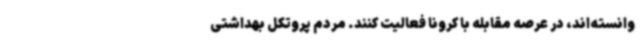
وانسته‌اند، در عرصه مقابله با کرونا فعالیت کنند. مردم پروتکل بهداشتی